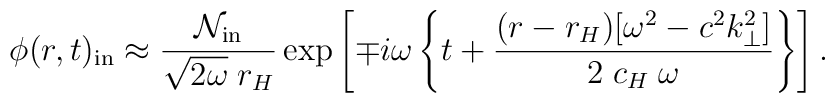
\phi(r,t)_{\mathrm{in}} \approx { {\cal N}_{\mathrm{in}} \over\sqrt{2\omega} \; r_H}\exp\left[\mp i \omega \left\{ t + {(r-r_H)[ \omega^2 - c^2 k_\perp^2]\over 2 \;c_H\; \omega} \right\}\right].